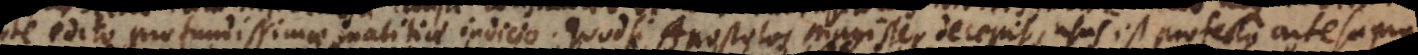
edito profundissimae malitiae indicio. Quodsi Apostolos Magister decepit, usus est profecto arte supra